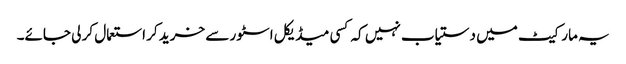
یہ مارکیٹ میں دستیاب نہیں کہ کسی میڈیکل اسٹور سے خرید کر استعمال کر لی جائے۔